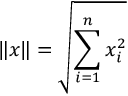
\| x \| = \sqrt { \sum _ { i = 1 } ^ { n } x _ { i } ^ { 2 } }